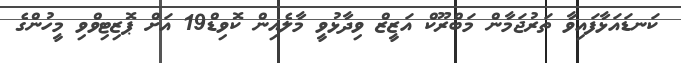
ކަނޑައަޅާފައިވާ ތަރުޖަމާން މަބްރޫކް އަޒީޒް ވިދާޅުވީ މާލެއިން ކޮވިޑް19 އަށް ޕޮޒިޓިވްވި މީހުންގެ